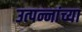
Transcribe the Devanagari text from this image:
उत्पन्नांच्या